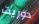
دوريت